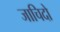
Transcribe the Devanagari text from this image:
जाचिदो